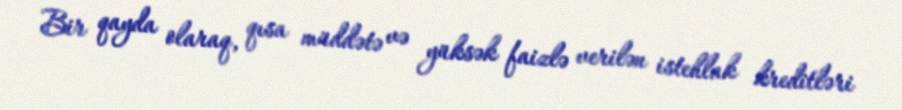
Bir qayda olaraq, qısa müddətə və yüksək faizlə verilən istehlak kreditləri